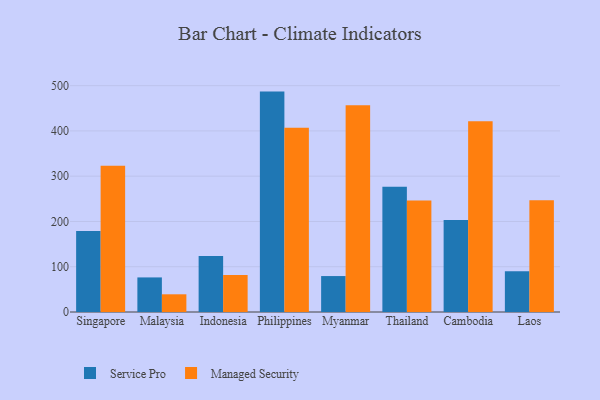
{"axis": {"x": "Country", "y": "Waste Production (Tons)"}, "legend": ["Managed Security", "Service Pro"], "data": [{"x": "Singapore", "y": 179.1, "type": "Service Pro"}, {"x": "Singapore", "y": 323.0, "type": "Managed Security"}, {"x": "Malaysia", "y": 76.4, "type": "Service Pro"}, {"x": "Malaysia", "y": 39.1, "type": "Managed Security"}, {"x": "Indonesia", "y": 123.5, "type": "Service Pro"}, {"x": "Indonesia", "y": 82.0, "type": "Managed Security"}, {"x": "Philippines", "y": 486.9, "type": "Service Pro"}, {"x": "Philippines", "y": 407.1, "type": "Managed Security"}, {"x": "Myanmar", "y": 79.4, "type": "Service Pro"}, {"x": "Myanmar", "y": 456.8, "type": "Managed Security"}, {"x": "Thailand", "y": 276.6, "type": "Service Pro"}, {"x": "Thailand", "y": 246.4, "type": "Managed Security"}, {"x": "Cambodia", "y": 203.4, "type": "Service Pro"}, {"x": "Cambodia", "y": 421.2, "type": "Managed Security"}, {"x": "Laos", "y": 89.8, "type": "Service Pro"}, {"x": "Laos", "y": 246.8, "type": "Managed Security"}]}